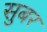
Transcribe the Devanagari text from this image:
सुबर